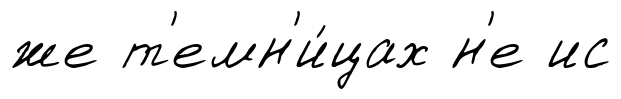
же т'емн'и́цах н'е ис